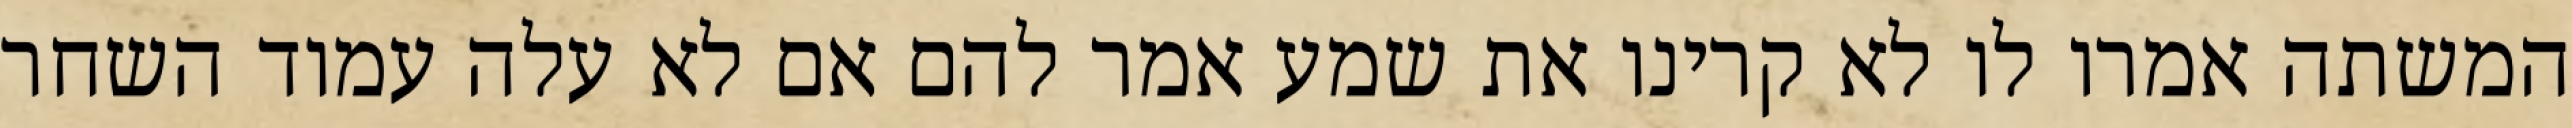
המשתה אמרו לו לא קרינו את שמע אמר להם אם לא עלה עמוד השחר